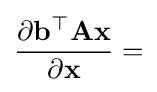
{\frac {\partial \mathbf {b} ^{\top }\mathbf {A} \mathbf {x} }{\partial \mathbf {x} }}=